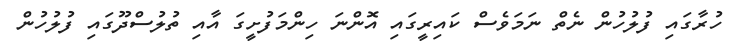
ހުރާގައި ފުލުހުން ނެތް ނަމަވެސް ކައިރީގައި އޮންނަ ހިންމަފުށީގަ އާއި ތުލުސްދޫގައި ފުލުހުން